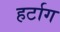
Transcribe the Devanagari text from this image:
हर्टाग